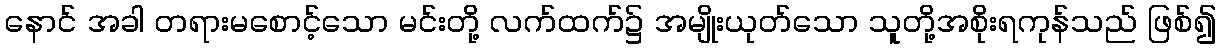
နောင် အခါ တရားမစောင့်သော မင်းတို့ လက်ထက်၌ အမျိုးယုတ်သော သူတို့အစိုးရကုန်သည် ဖြစ်၍